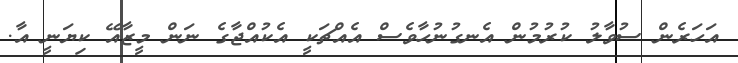
އަހަރެން ސުވާލު ކުރުމުން އެނގުނުހާވެސް އެއްޗަކީ އެކުއްޖާގެ ނަން މީޒާއޭ ކިޔަނީ އާ.